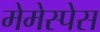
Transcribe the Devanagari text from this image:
मेमेस्पेस